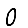
Digit: 0